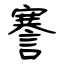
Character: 謇